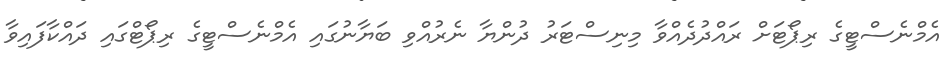
އެމްނެސްޓީގެ ރިޕޯޓަށް ރައްދުދެއްވާ މިނިސްޓަރު ދުންޔާ ނެރުއްވި ބަޔާނުގައި އެމްނެސްޓީގެ ރިޕޯޓްގައި ދައްކާފައިވާ